Indian journal of veterinary science and animal husbandry - Volume 5,
Year: 1935
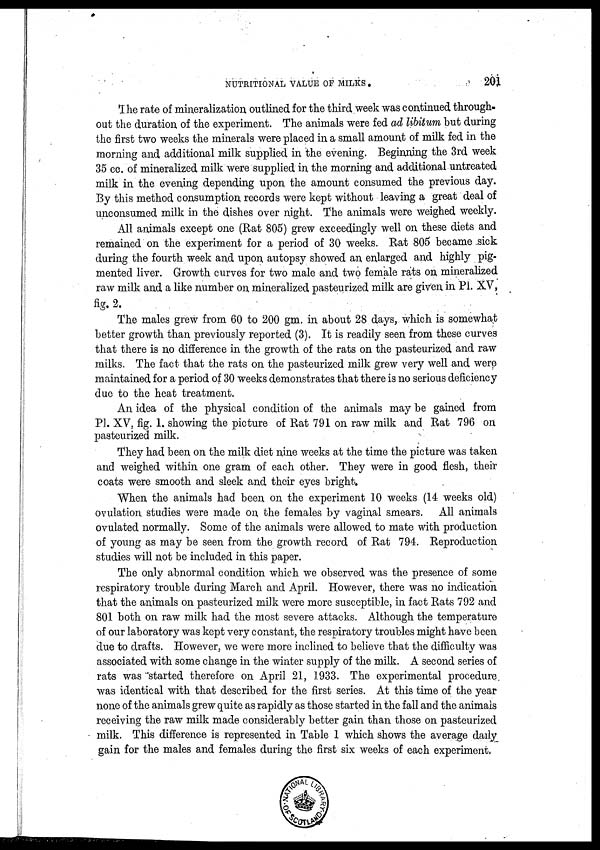
NUTRITIONAL VALUE OF MILKS .
201
The rate of mineralization outlined for the third week was continued through-
out the duration of the experiment. The animals were fed ad libitum but during
the first two weeks the minerals were placed in a small amount of milk fed in the
morning and additional milk supplied in the evening. Beginning the 3rd week
35 cc. of mineralized milk were supplied in the morning and additional untreated
milk in the evening depending upon the amount consumed the previous day.
By this method consumption records were kept without leaving a great deal of
unconsumed milk in the dishes over night. The animals were weighed weekly.
All animals except one (Rat 805) grew exceedingly well on these diets and
remained on the experiment for a period of 30 weeks. Rat 805 became sick
during the fourth week and upon autopsy showed an enlarged and highly pig-
mented liver. Growth curves for two male and two female rats on mineralized
raw milk and a like number on mineralized pasteurized milk are given in PI. XV,
fig. 2.
The males grew from 60 to 200 gm. in about 28 days, which is somewhat
better growth than previously reported (3). It is readily seen from these curves
that there is no difference in the growth of the rats on the pasteurized and raw
milks. The fact that the rats on the pasteurized milk grew very well and were
maintained for a period of 30 weeks demonstrates that there is no serious deficiency
due to the heat treatment.
An idea of the physical condition of the animals may be gained from
PI. XV, fig. 1. showing the picture of Rat 791 on raw milk and Rat 796 on
pasteurized milk.
They had been on the milk diet nine weeks at the time the picture was taken
and weighed within one gram of each other. They were in good flesh, their
coats were smooth and sleek and their eyes bright.
When the animals had been on the experiment 10 weeks (14 weeks old)
ovulation studies were made on the females by vaginal smears. All animals
ovulated normally. Some of the animals were allowed to mate with production
of young as may be seen from the growth record of Rat 794. Reproduction
studies will not be included in this paper.
The only abnormal condition which we observed was the presence of some
respiratory trouble during March and April. However, there was no indication
that the animals on pasteurized milk were more susceptible, in fact Rats 792 and
801 both on raw milk had the most severe attacks. Although the temperature
of our laboratory was kept very constant, the respiratory troubles might have been
due to drafts. However, we were more inclined to believe that the difficulty was
associated with some change in the winter supply of the milk. A second series of
rats was started therefore on April 21, 1933. The experimental procedure
was identical with that described for the first series. At this time of the year
none of the animals grew quite as rapidly as those started in the fall and the animals
receiving the raw milk made considerably better gain than those on pasteurized
milk. This difference is represented in Table 1 which shows the average daily
gain for the males and females during the first six weeks of each experiment,